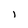
Character: i